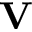
{ \bf V }